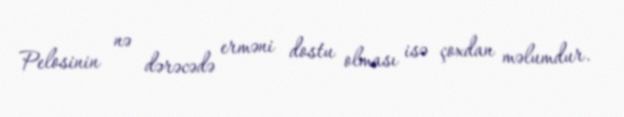
Pelosinin nə dərəcədə erməni dostu olması isə çoxdan məlumdur.